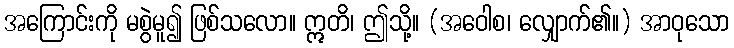
အကြောင်းကို မစွဲမူ၍ ဖြစ်သလော။ ဣတိ၊ ဤသို့။ (အဝေါစ၊ လျှောက်၏။) အာဝုသော